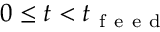
0 \leq t < t _ { \mathrm { ~ f ~ e ~ e ~ d ~ } }